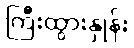
ကြီးထွားနှုန်း